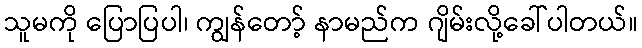
သူမကို ပြောပြပါ၊ ကျွန်တော့် နာမည်က ဂျိမ်းလို့ခေါ်ပါတယ်။